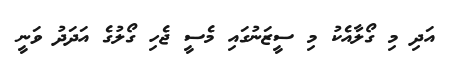
އަދި މި ގޯލާއެކު މި ސީޒަނުގައި މެސީ ޖެހި ގޯލުގެ އަދަދު ވަނީ